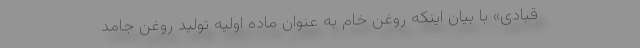
قبادی» با بیان اینکه روغن خام به عنوان ماده اولیه تولید روغن جامد